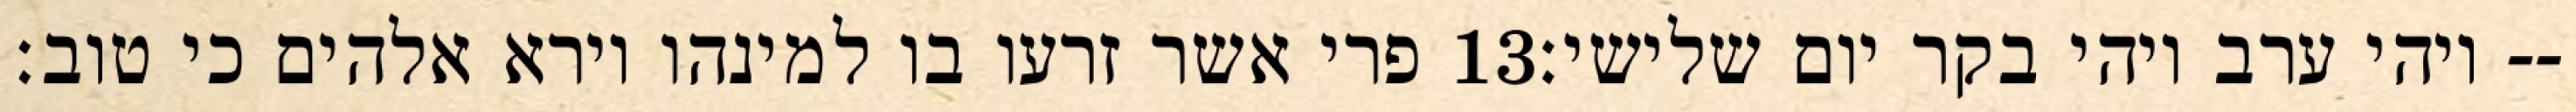
פרי אשר זרעו בו למינהו וירא אלהים כי טוב׃ ‎13‏ ויהי ערב ויהי בקר יום שלישי׃--